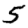
Digit: 5